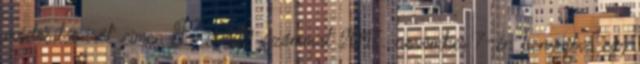
módosításáról” címen T 18312 számmal 2017. november 7-én benyújtva egy